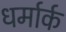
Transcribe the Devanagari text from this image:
धर्मार्क